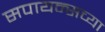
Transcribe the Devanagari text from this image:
सपायन्सच्या